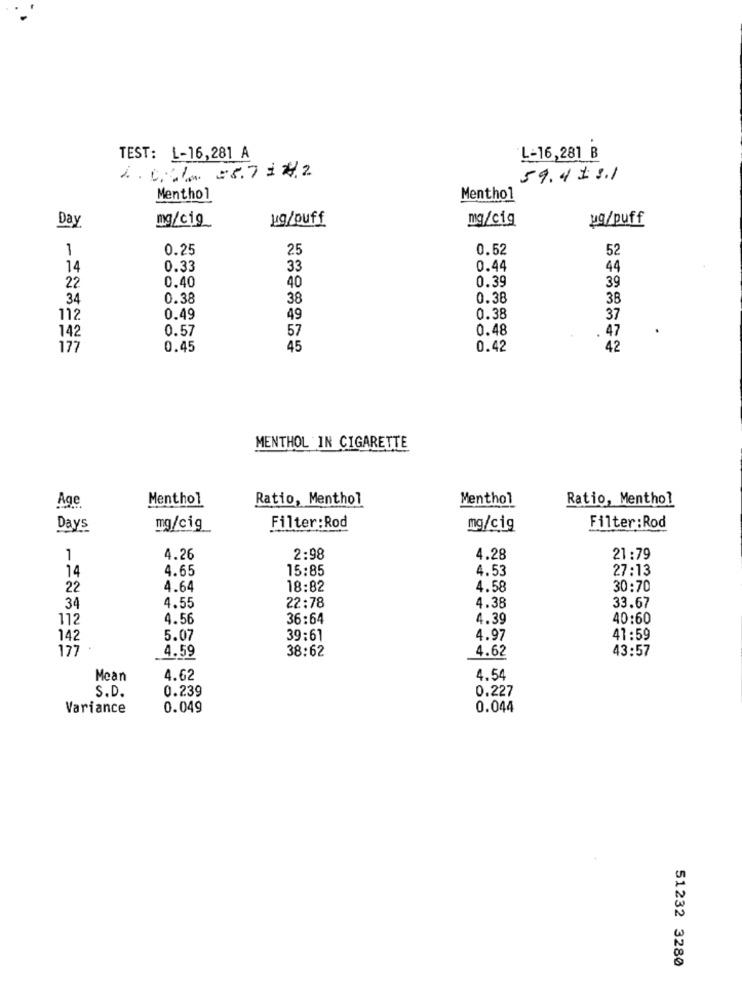
TEST: L-16,281 A
L-16,281 B
59.418.1
Menthol
Menthol
mg/c1g
ug/ouff
mg/cig
ug/puff
Day
0.25
25
0.52
52
1
14
0.33
33
0.44
44
0.40
40
0.39
39
22
34
0.38
38
0.38
38
112
0.49
49
0.38
37
142
0.57
57
0.48
47
177
0.45
45
0.42
42
MENTHOL IN CIGARETTE
Menthol
Ratio, Menthol
Menthol
Ratio, Menthol
Age
Days
mg/cig
Filter: Rod
mg/cig
Filter :Rod
1
4.26
2:98
4.28
21:79
14
4.65
15:85
4.53
27:13
22
4.64
18:82
4.58
30:70
22:78
4.38
34
4.55
33.67
112
4.56
36:64
4.39
40:60
142
5.07
39:61
4.97
41:59
177
4.59
38:62
43:57
4.62
Mean
4.62
4.54
0.239
0.227
S.D.
Variance
0.049
0.044
51232 3280